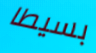
بسيطا